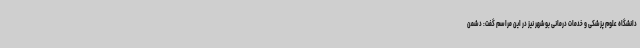
دانشگاه علوم پزشکی و خدمات درمانی بوشهر نیز در این مراسم گفت: دشمن